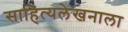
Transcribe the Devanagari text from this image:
साहित्यलेखनाला